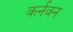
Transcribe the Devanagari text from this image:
कर्नवन